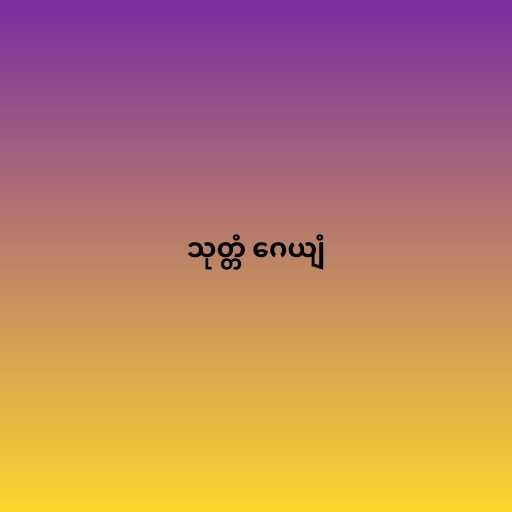
သုတ္တံ ဂေယျံ